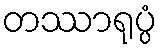
တဿာရုပ္ပံ